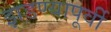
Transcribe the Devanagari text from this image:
झडण्यापूर्वी